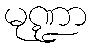
မုဏ္ဍာ